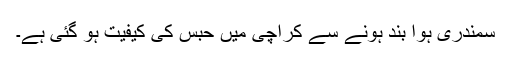
سمندری ہوا بند ہونے سے کراچی میں حبس کی کیفیت ہو گئی ہے۔